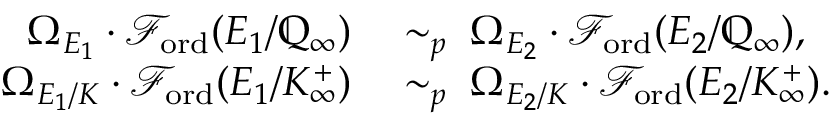
\begin{array} { r l } { \Omega _ { E _ { 1 } } \cdot \mathcal { F } _ { \mathrm { o r d } } ( E _ { 1 } / \mathbb { Q } _ { \infty } ) } & { \; \sim _ { p } \; \Omega _ { E _ { 2 } } \cdot \mathcal { F } _ { \mathrm { o r d } } ( E _ { 2 } / \mathbb { Q } _ { \infty } ) , } \\ { \Omega _ { E _ { 1 } / K } \cdot \mathcal { F } _ { \mathrm { o r d } } ( E _ { 1 } / K _ { \infty } ^ { + } ) } & { \; \sim _ { p } \; \Omega _ { E _ { 2 } / K } \cdot \mathcal { F } _ { \mathrm { o r d } } ( E _ { 2 } / K _ { \infty } ^ { + } ) . } \end{array}